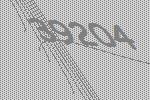
39204